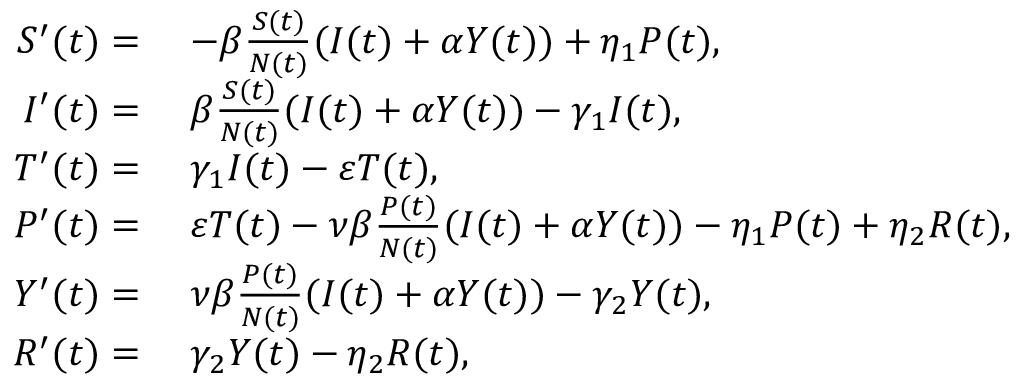
\begin{array} { r l } { S ^ { \prime } ( t ) = } & { \; - \beta \frac { S ( t ) } { N ( t ) } ( I ( t ) + \alpha Y ( t ) ) + \eta _ { 1 } P ( t ) , } \\ { I ^ { \prime } ( t ) = } & { \; \beta \frac { S ( t ) } { N ( t ) } ( I ( t ) + \alpha Y ( t ) ) - \gamma _ { 1 } I ( t ) , } \\ { T ^ { \prime } ( t ) = } & { \; \gamma _ { 1 } I ( t ) - \varepsilon T ( t ) , } \\ { P ^ { \prime } ( t ) = } & { \; \varepsilon T ( t ) - \nu \beta \frac { P ( t ) } { N ( t ) } ( I ( t ) + \alpha Y ( t ) ) - \eta _ { 1 } P ( t ) + \eta _ { 2 } R ( t ) , } \\ { Y ^ { \prime } ( t ) = } & { \; \nu \beta \frac { P ( t ) } { N ( t ) } ( I ( t ) + \alpha Y ( t ) ) - \gamma _ { 2 } Y ( t ) , } \\ { R ^ { \prime } ( t ) = } & { \; \gamma _ { 2 } Y ( t ) - \eta _ { 2 } R ( t ) , } \end{array}